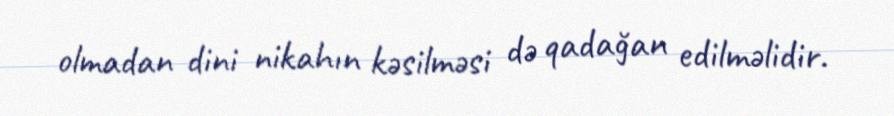
olmadan dini nikahın kəsilməsi də qadağan edilməlidir.